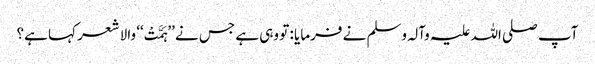
آپ صلی اللہ علیہ وآلہ وسلم نے فرمایا : تو وہی ہے جس نے ’’ہَمَّتْ‘‘ والا شعر کہا ہے؟